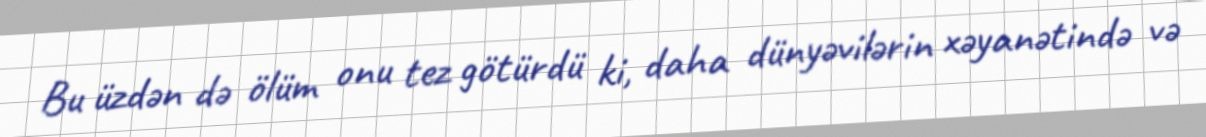
Bu üzdən də ölüm onu tez götürdü ki, daha dünyəvilərin xəyanətində və